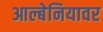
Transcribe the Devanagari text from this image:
आल्बेनियावर